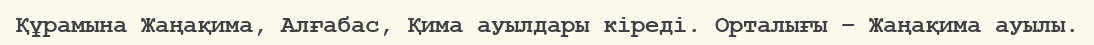
Құрамына Жаңақима, Алғабас, Қима ауылдары кіреді. Орталығы – Жаңақима ауылы.